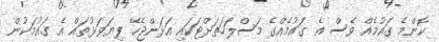
ކޮންމެ ގައުމެއް ވެސް އެ ގައުމެއްގެ މަސްލަހަތަށްޓަކައި އަޅަންޖެހޭ ފިޔަވަޅުތައް އެ ގައުމަކުން